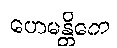
ဟေမန္တိကေ